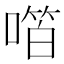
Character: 𫫝